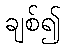
ချစ်၍